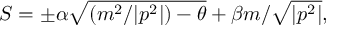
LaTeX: S = \pm \alpha \sqrt { ( m ^ { 2 } / | p ^ { 2 } | ) - \theta } + \beta m / \sqrt { | p ^ { 2 } | } ,